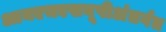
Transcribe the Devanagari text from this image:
आयएचएसयूपीअंतर्गत